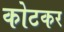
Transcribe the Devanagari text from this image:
कोटकर